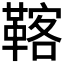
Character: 𩋽